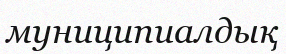
муниципиалдық